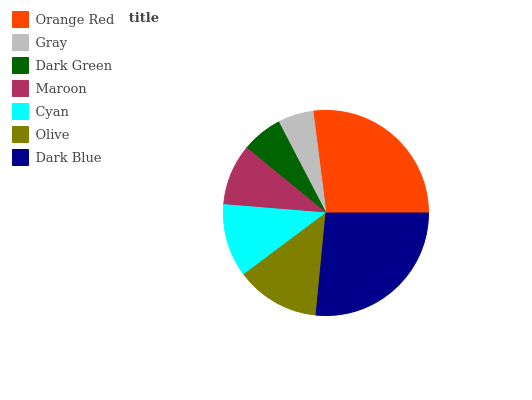
| Orange Red | Gray | Dark Green | Maroon | Cyan | Olive | Dark Blue |
 | --- | --- | --- | --- | --- | --- | --- |
 | 27% | 5.61% | 6.42% | 9.64% | 11.5% | 13.2% | 26.6% |